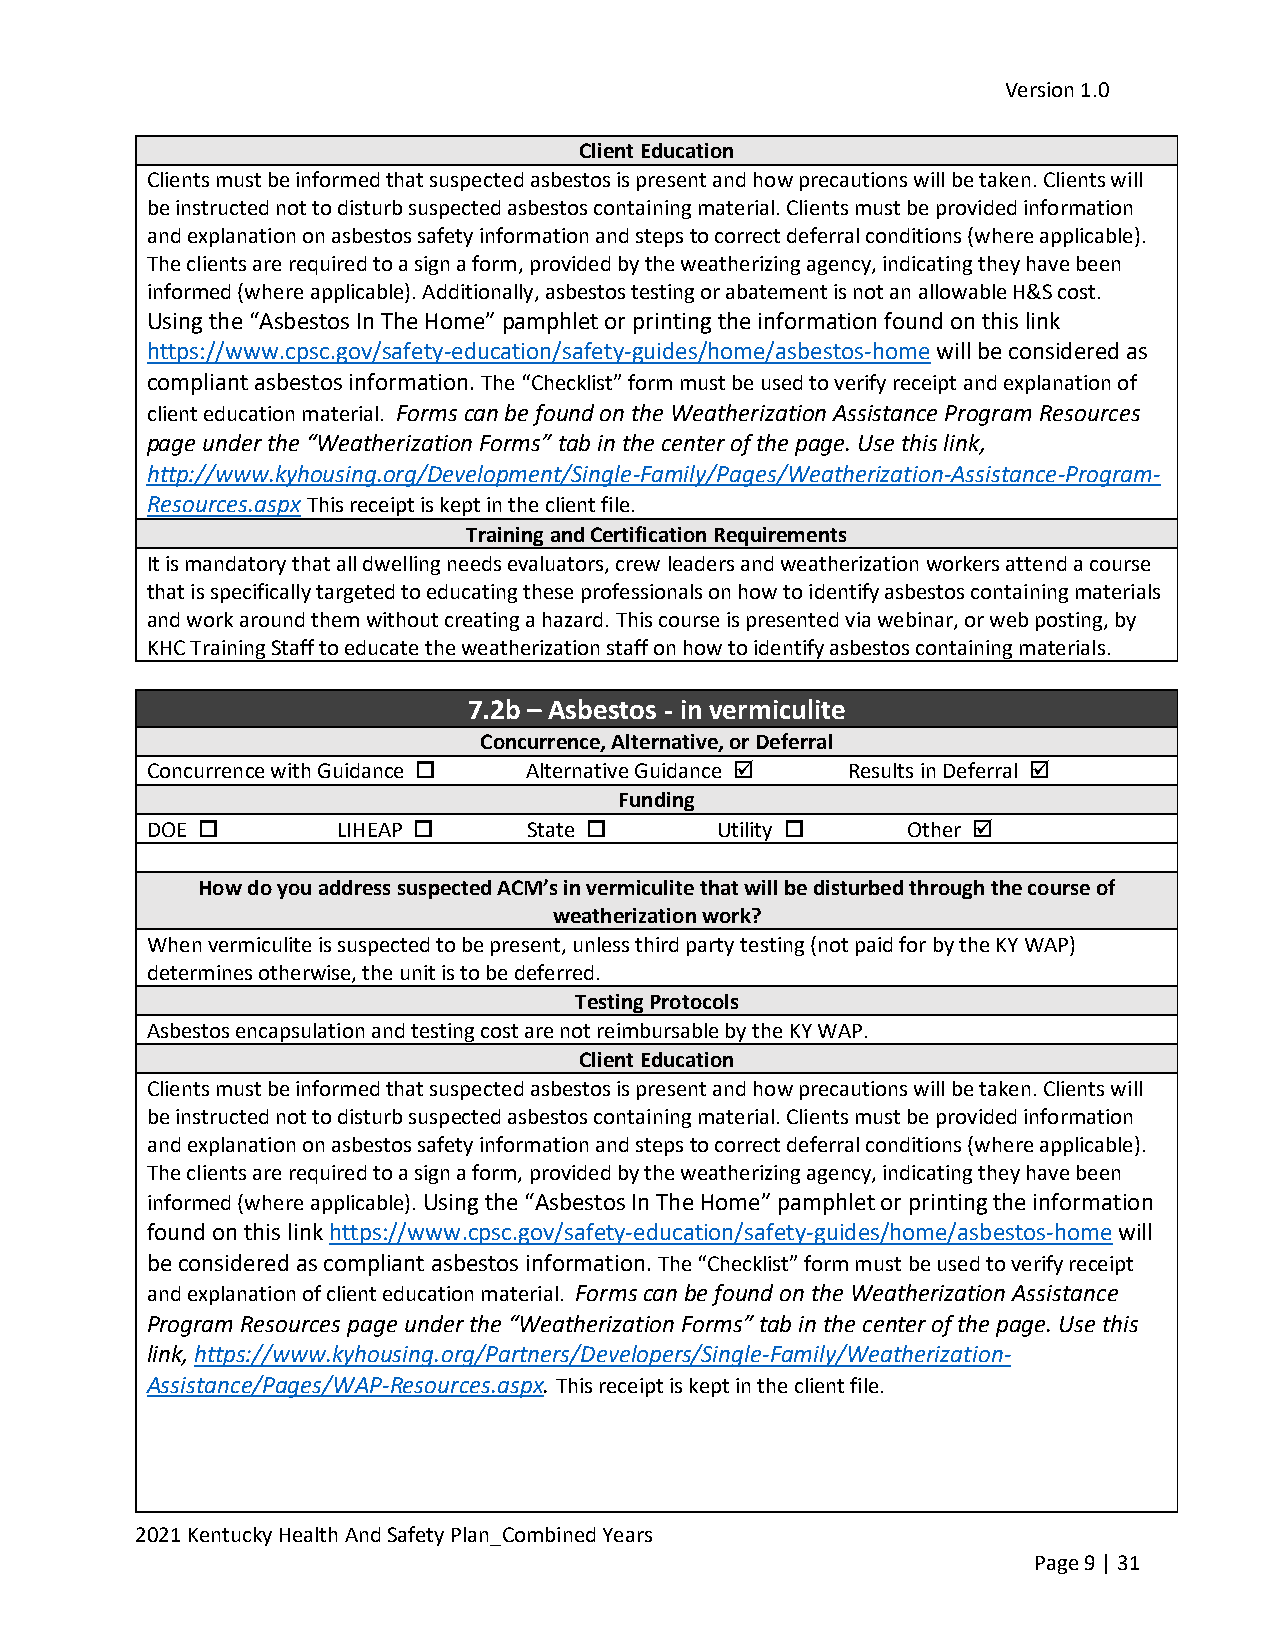
Version 1.0
 Client Education
 Clients must be informed that suspected asbestos is present and how precautions will be taken. Clients will
 be instructed not to disturb suspected asbestos containing material. Clients must be provided information
 and explanation on asbestos safety information and steps to correct deferral conditions (where applicable).
 The clients are required to a sign a form, provided by the weatherizing agency, indicating they have been
 informed (where applicable). Additionally, asbestos testing or abatement is not an allowable H&S cost.
 Using the “Asbestos In The Home” pamphlet or printing the information found on this link
 https://www.cpsc.gov/safety-education/safety-guides/home/asbestos-home will be considered as
 compliant asbestos information. The “Checklist” form must be used to verify receipt and explanation of
 client education material. Forms can be found on the Weatherization Assistance Program Resources
 page under the “Weatherization Forms” tab in the center of the page. Use this link,
 http://www.kyhousing.org/Development/Single-Family/Pages/Weatherization-Assistance-Program-
 Resources.aspx This receipt is kept in the client file.
 Training and Certification Requirements
 It is mandatory that all dwelling needs evaluators, crew leaders and weatherization workers attend a course
 that is specifically targeted to educating these professionals on how to identify asbestos containing materials
 and work around them without creating a hazard. This course is presented via webinar, or web posting, by
 KHC Training Staff to educate the weatherization staff on how to identify asbestos containing materials.
 7.2b – Asbestos - in vermiculite
 Concurrence, Alternative, or Deferral
 Concurrence with Guidance  Alternative Guidance  Results in Deferral 
 Funding
 DOE        LIHEAP      State      Utility     Other 
 How do you address suspected ACM’s in vermiculite that will be disturbed through the course of
 weatherization work?
 When vermiculite is suspected to be present, unless third party testing (not paid for by the KY WAP)
 determines otherwise, the unit is to be deferred.
 Testing Protocols
 Asbestos encapsulation and testing cost are not reimbursable by the KY WAP.
 Client Education
 Clients must be informed that suspected asbestos is present and how precautions will be taken. Clients will
 be instructed not to disturb suspected asbestos containing material. Clients must be provided information
 and explanation on asbestos safety information and steps to correct deferral conditions (where applicable).
 The clients are required to a sign a form, provided by the weatherizing agency, indicating they have been
 informed (where applicable). Using the “Asbestos In The Home” pamphlet or printing the information
 found on this link https://www.cpsc.gov/safety-education/safety-guides/home/asbestos-home will
 be considered as compliant asbestos information. The “Checklist” form must be used to verify receipt
 and explanation of client education material. Forms can be found on the Weatherization Assistance
 Program Resources page under the “Weatherization Forms” tab in the center of the page. Use this
 link, https://www.kyhousing.org/Partners/Developers/Single-Family/Weatherization-
 Assistance/Pages/WAP-Resources.aspx. This receipt is kept in the client file.
 2021 Kentucky Health And Safety Plan_Combined Years
 Page 9 | 31